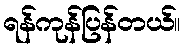
ရန်ကုန်ပြန်တယ်။